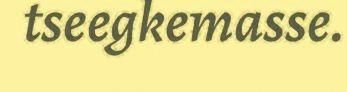
tseegkemasse.